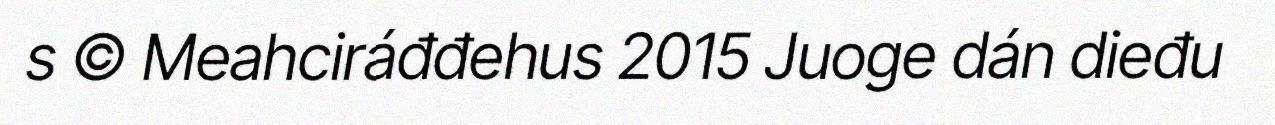
s © Meahciráđđehus 2015 Juoge dán dieđu